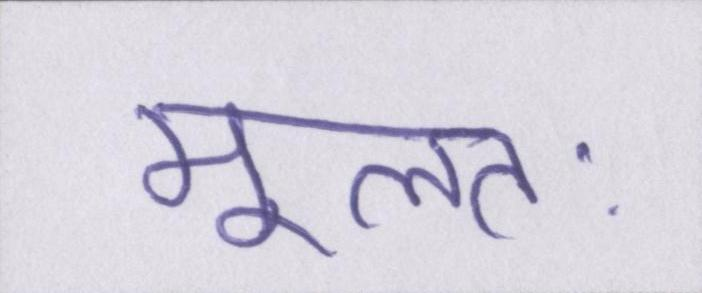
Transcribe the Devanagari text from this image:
मूलतः